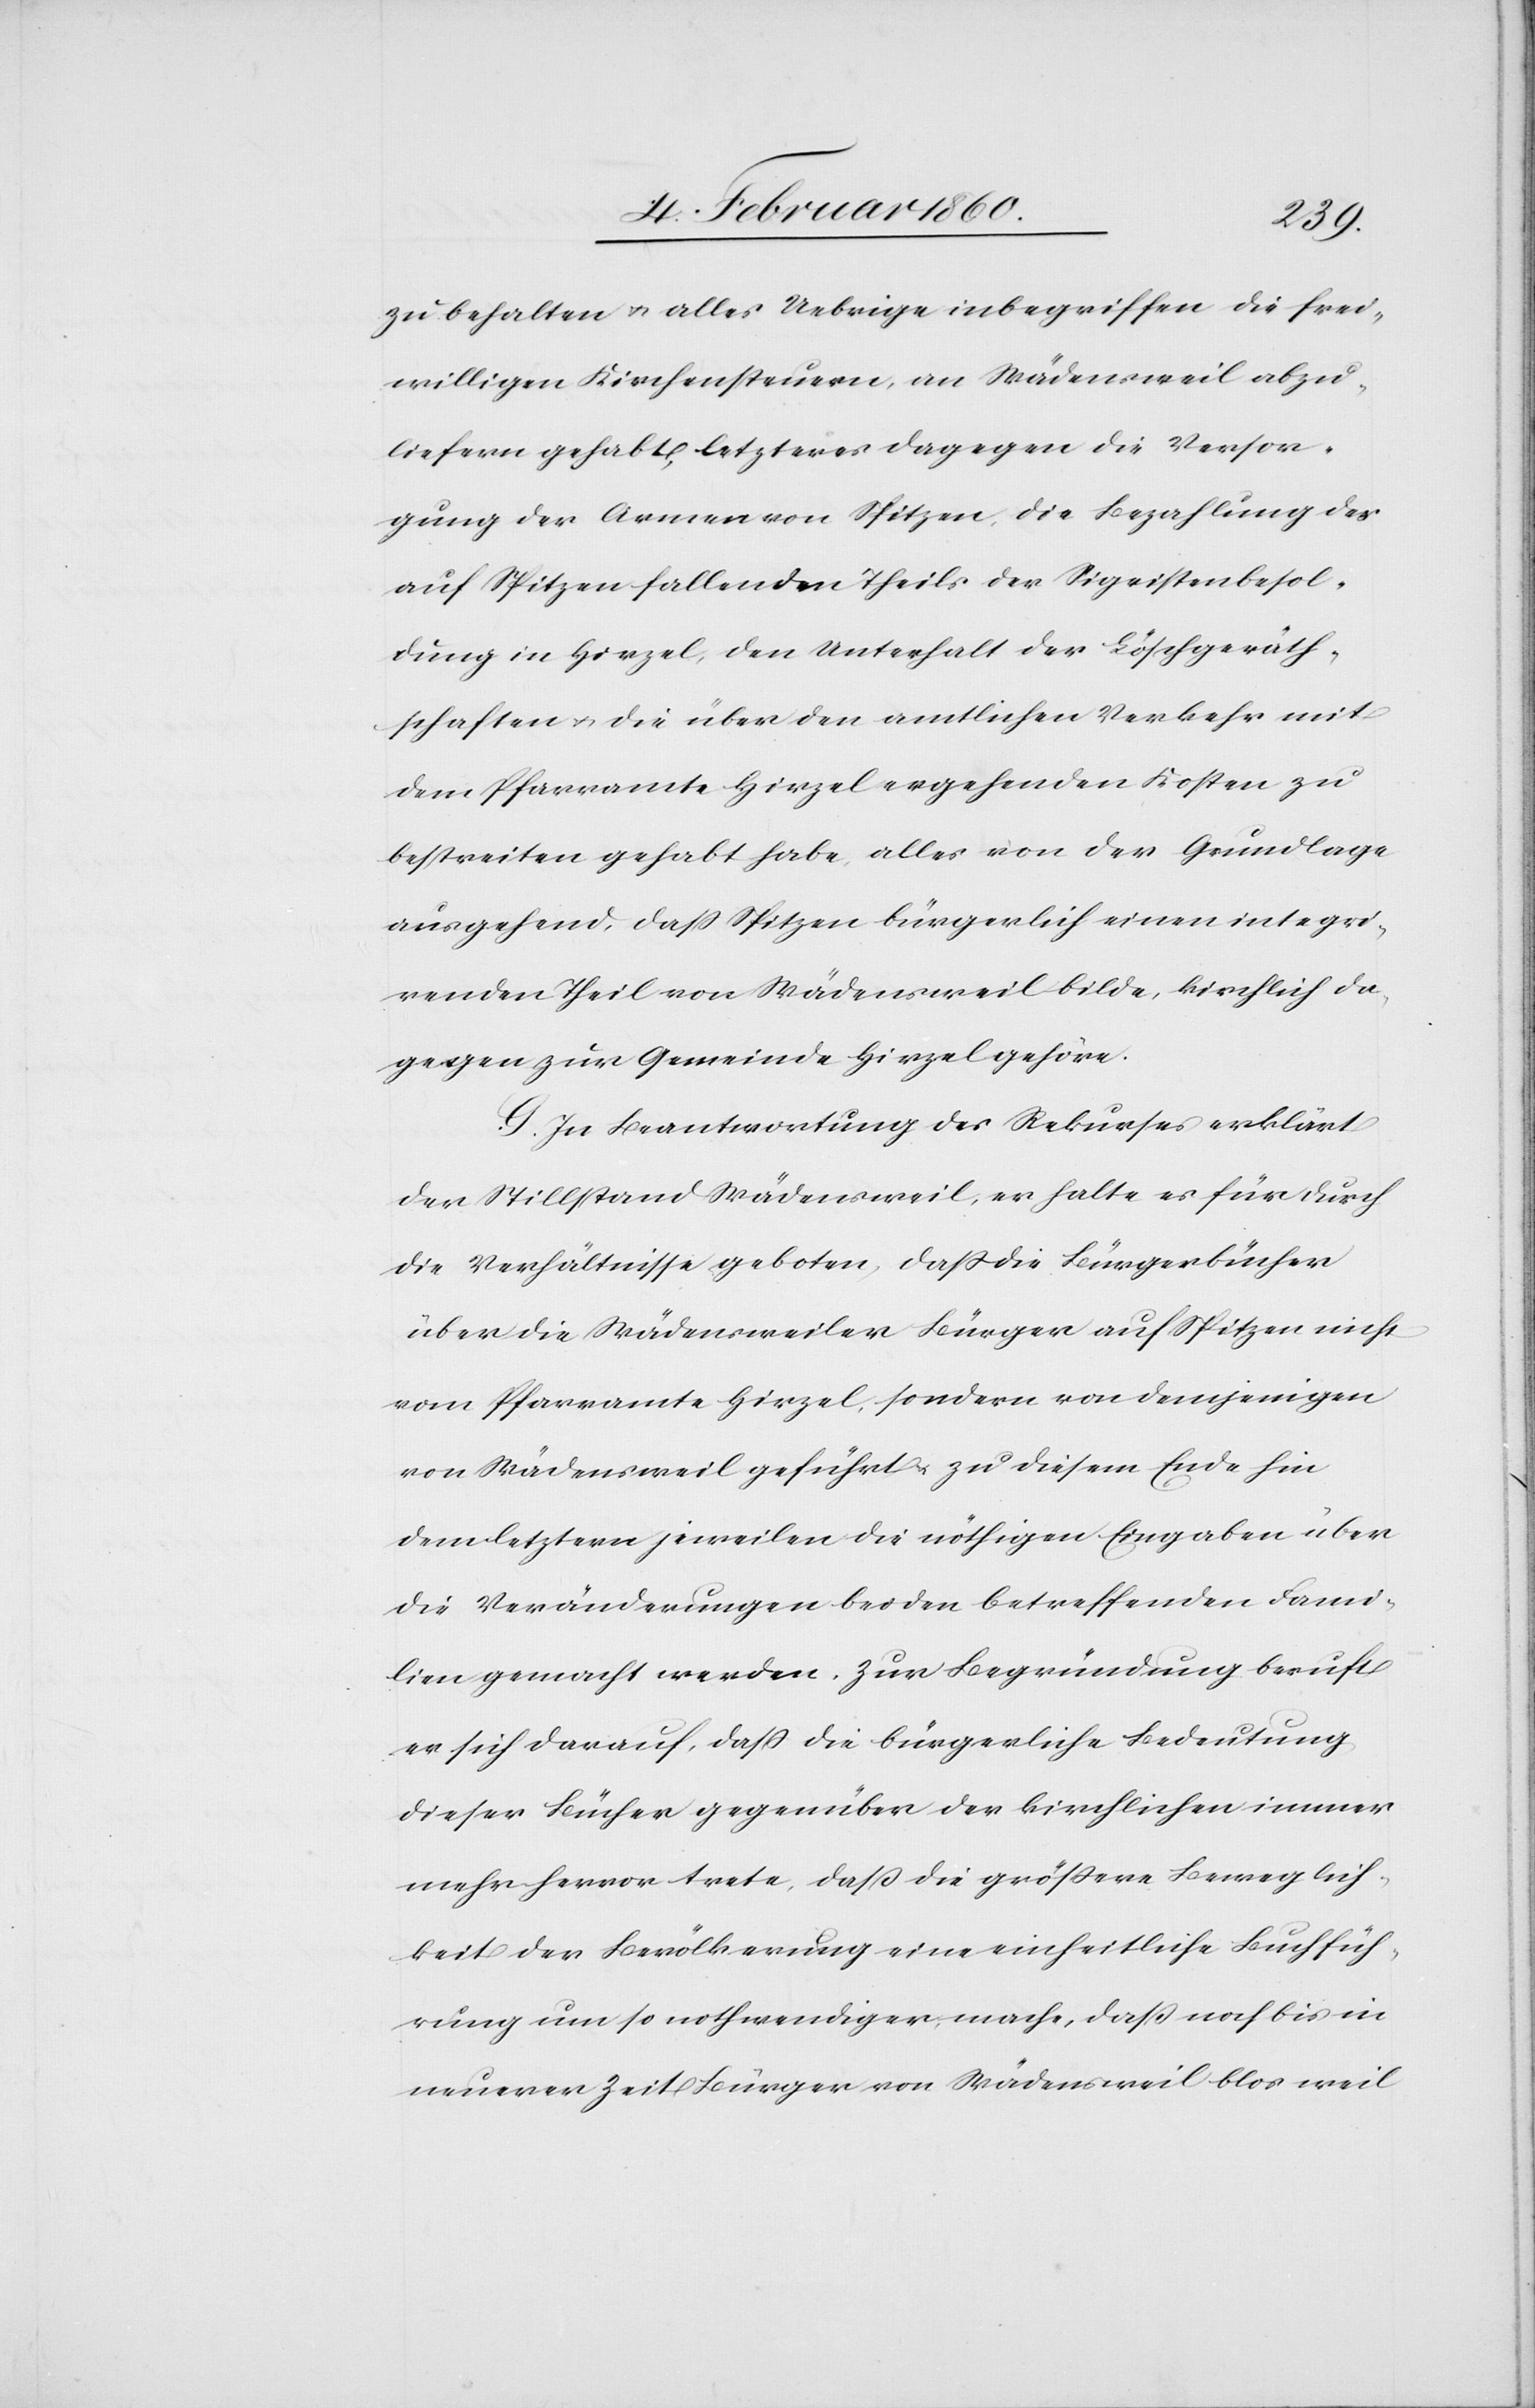
zu behalten u. alles Uebrige inbegriffen die frei¬
willigen Kirchensteuern, an Wädensweil abzu¬
liefern gehabt, letzteres dagegen die Versor¬
gung der Armen von Spitzen, die Bezahlung des
auf Spitzen fallenden Theils der Sigristenbesol¬
dung in Hirzel, den Unterhalt der Löschgeräth¬
schaften u. die über den amtlichen Verkehr mit
dem Pfarramte Hirzel ergehenden Kosten zu
bestreiten gehabt habe, alles von der Grundlage
ausgehend, dass Spitzen bürgerlich einen integri¬
renden Theil von Wädensweil bilde, kirchlich da¬
gegen zur Gemeinde Hirzel gehöre.
G. In Beantwortung des Rekurses erklärt
der Stillstand Wädensweil, er halte es für durch
die Verhältnisse geboten, dass die Bürgerbücher
über die Wädensweiler Bürger auf Spitzen nicht
vom Pfarramte Hirzel, sondern von demjenigen
von Wädensweil geführt u. zu diesem Ende hin
dem letztern jeweilen die nöthigen Eingaben über
die Veränderungen bei den betreffenden Fami¬
lien gemacht werden. Zur Begründung berufe
er sich darauf, dass die bürgerliche Bedeutung
dieser Bücher gegenüber der kirchlichen immer
mehr hervor trete, dass die grössere Beweglich¬
keit der Bevölkerung eine einheitliche Buchfüh¬
rung um so nothwendiger mache, dass noch bis in
neuerer Zeit Bürger von Wädensweil blos weil